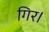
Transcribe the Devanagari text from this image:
गिर।